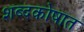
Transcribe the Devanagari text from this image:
शब्दकोषात